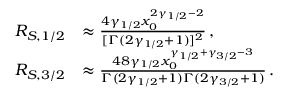
\begin{array} { r l } { R _ { S , 1 / 2 } } & { \approx \frac { 4 \gamma _ { 1 / 2 } x _ { 0 } ^ { 2 \gamma _ { 1 / 2 } - 2 } } { [ \Gamma ( 2 \gamma _ { 1 / 2 } + 1 ) ] ^ { 2 } } \, , } \\ { R _ { S , 3 / 2 } } & { \approx \frac { 4 8 \gamma _ { 1 / 2 } x _ { 0 } ^ { \gamma _ { 1 / 2 } + \gamma _ { 3 / 2 } - 3 } } { \Gamma ( 2 \gamma _ { 1 / 2 } + 1 ) \Gamma ( 2 \gamma _ { 3 / 2 } + 1 ) } \, . } \end{array}